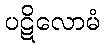
ပဋိလောမံ